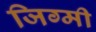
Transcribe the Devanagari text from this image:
जिग्मी